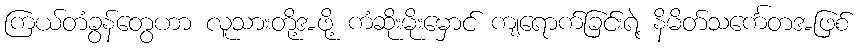
ကြယ်တံခွန်တွေဟာ လူသားတို့အဖို့ ကံဆိုးမိုးမှောင် ကျရောက်ခြင်းရဲ့ နိမိတ်သင်္ကေတအဖြစ်